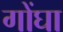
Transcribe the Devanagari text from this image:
गोंघा